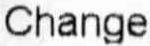
CHANGE